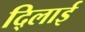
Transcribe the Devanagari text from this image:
दि्लाई